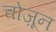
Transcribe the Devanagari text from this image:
चोज़ून